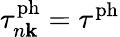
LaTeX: \tau_{n\mathbf k}^{\mathrm{ph}}=\tau^{\mathrm{ph}}